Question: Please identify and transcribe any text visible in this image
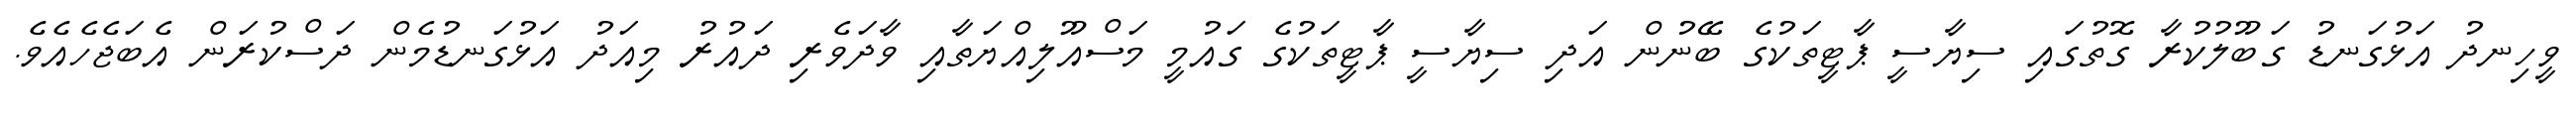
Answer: ވީހިނދު އަޅުގަނޑު ގަބޫލުކުރާ ގޮތުގައި ސިޔާސީ ޕާޓީތަކުގެ ބޭނުން އަދި ސިޔާސީ ޕާޓީތަކުގެ ގައުމީ މަސްއޫލިއްޔަތާއި ވާދަވެރި ދައުރު މިއަދު އަޅުގަނޑުމެން ދަސްކުރަން އެބަޖެހެއެވެ.